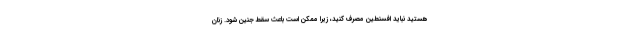
هستید نباید افسنطین مصرف کنید، زیرا ممکن است باعث سقط جنین شود. زنان